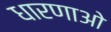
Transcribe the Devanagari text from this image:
धारणाओ